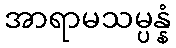
အာရာမသမ္ပန္နံ